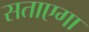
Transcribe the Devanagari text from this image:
सताएगा